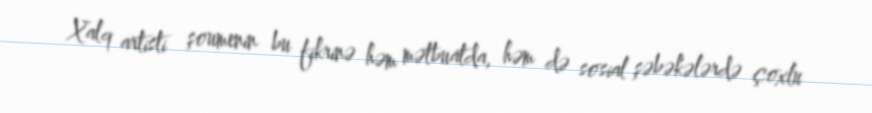
Xalq artisti şoumenin bu fikrinə həm mətbuatda, həm də sosial şəbəkələrdə çoxlu